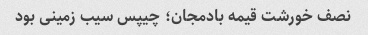
نصف خورشت قیمه بادمجان؛ چیپس سیب زمینی بود